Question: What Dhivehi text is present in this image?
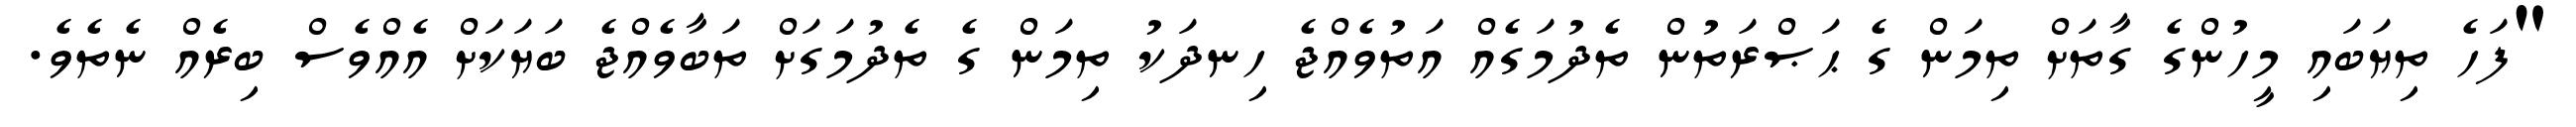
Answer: "ފަހެ ތިޔަބައި މީހުންގެ ގާތަށް ތިމަން ގެ ޙަޞްރަތުން ތެދުމަގެއް އަތުވެއްޖެ ހިނދަކު ތިމަން ގެ ތެދުމަގަށް ތަބާވެއްޖެ ބަޔަކަށް އެއްވެސް ބިރެއް ނެތެވެ.